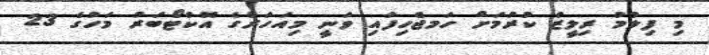
މި ފިލްމު ރިލީޒް ކުރުމަށް ހަމޖެހިފައި ވަނީ މިއަހަރުގެ އޮކްޓޯބަރު މަހުގެ 23